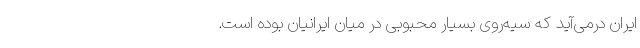
ایران درمی‌آید که سیه‌روی بسیار محبوبی در میان ایرانیان بوده است.